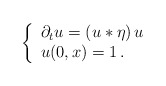
\begin{align*} \left\{ \begin{array}{l} \partial_t u = (u * \eta) \, u \\ u (0,x) = 1 \,. \end{array} \right.\end{align*}